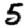
Digit: 5